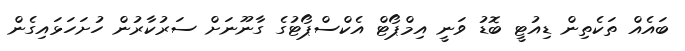
ބައެއް ތަކެތިން ޑިއުޓީ ބޮޑު ވަނީ އިމްޕޯޓް އެކްސްޕޯޓުގެ ގާނޫނަށް ސަރުކާރުން ހުށަހަޅައިގެން